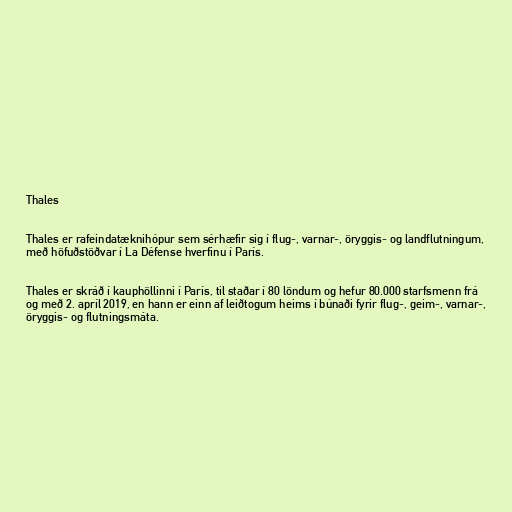
Thales

Thales er rafeindatæknihópur sem sérhæfir sig í flug-, varnar-, öryggis- og landflutningum,
með höfuðstöðvar í La Défense hverfinu í París.

Thales er skráð í kauphöllinni í París, til staðar í 80 löndum og hefur 80.000 starfsmenn frá
og með 2. apríl 2019, en hann er einn af leiðtogum heims í búnaði fyrir flug-, geim-, varnar-,
öryggis- og flutningsmáta.